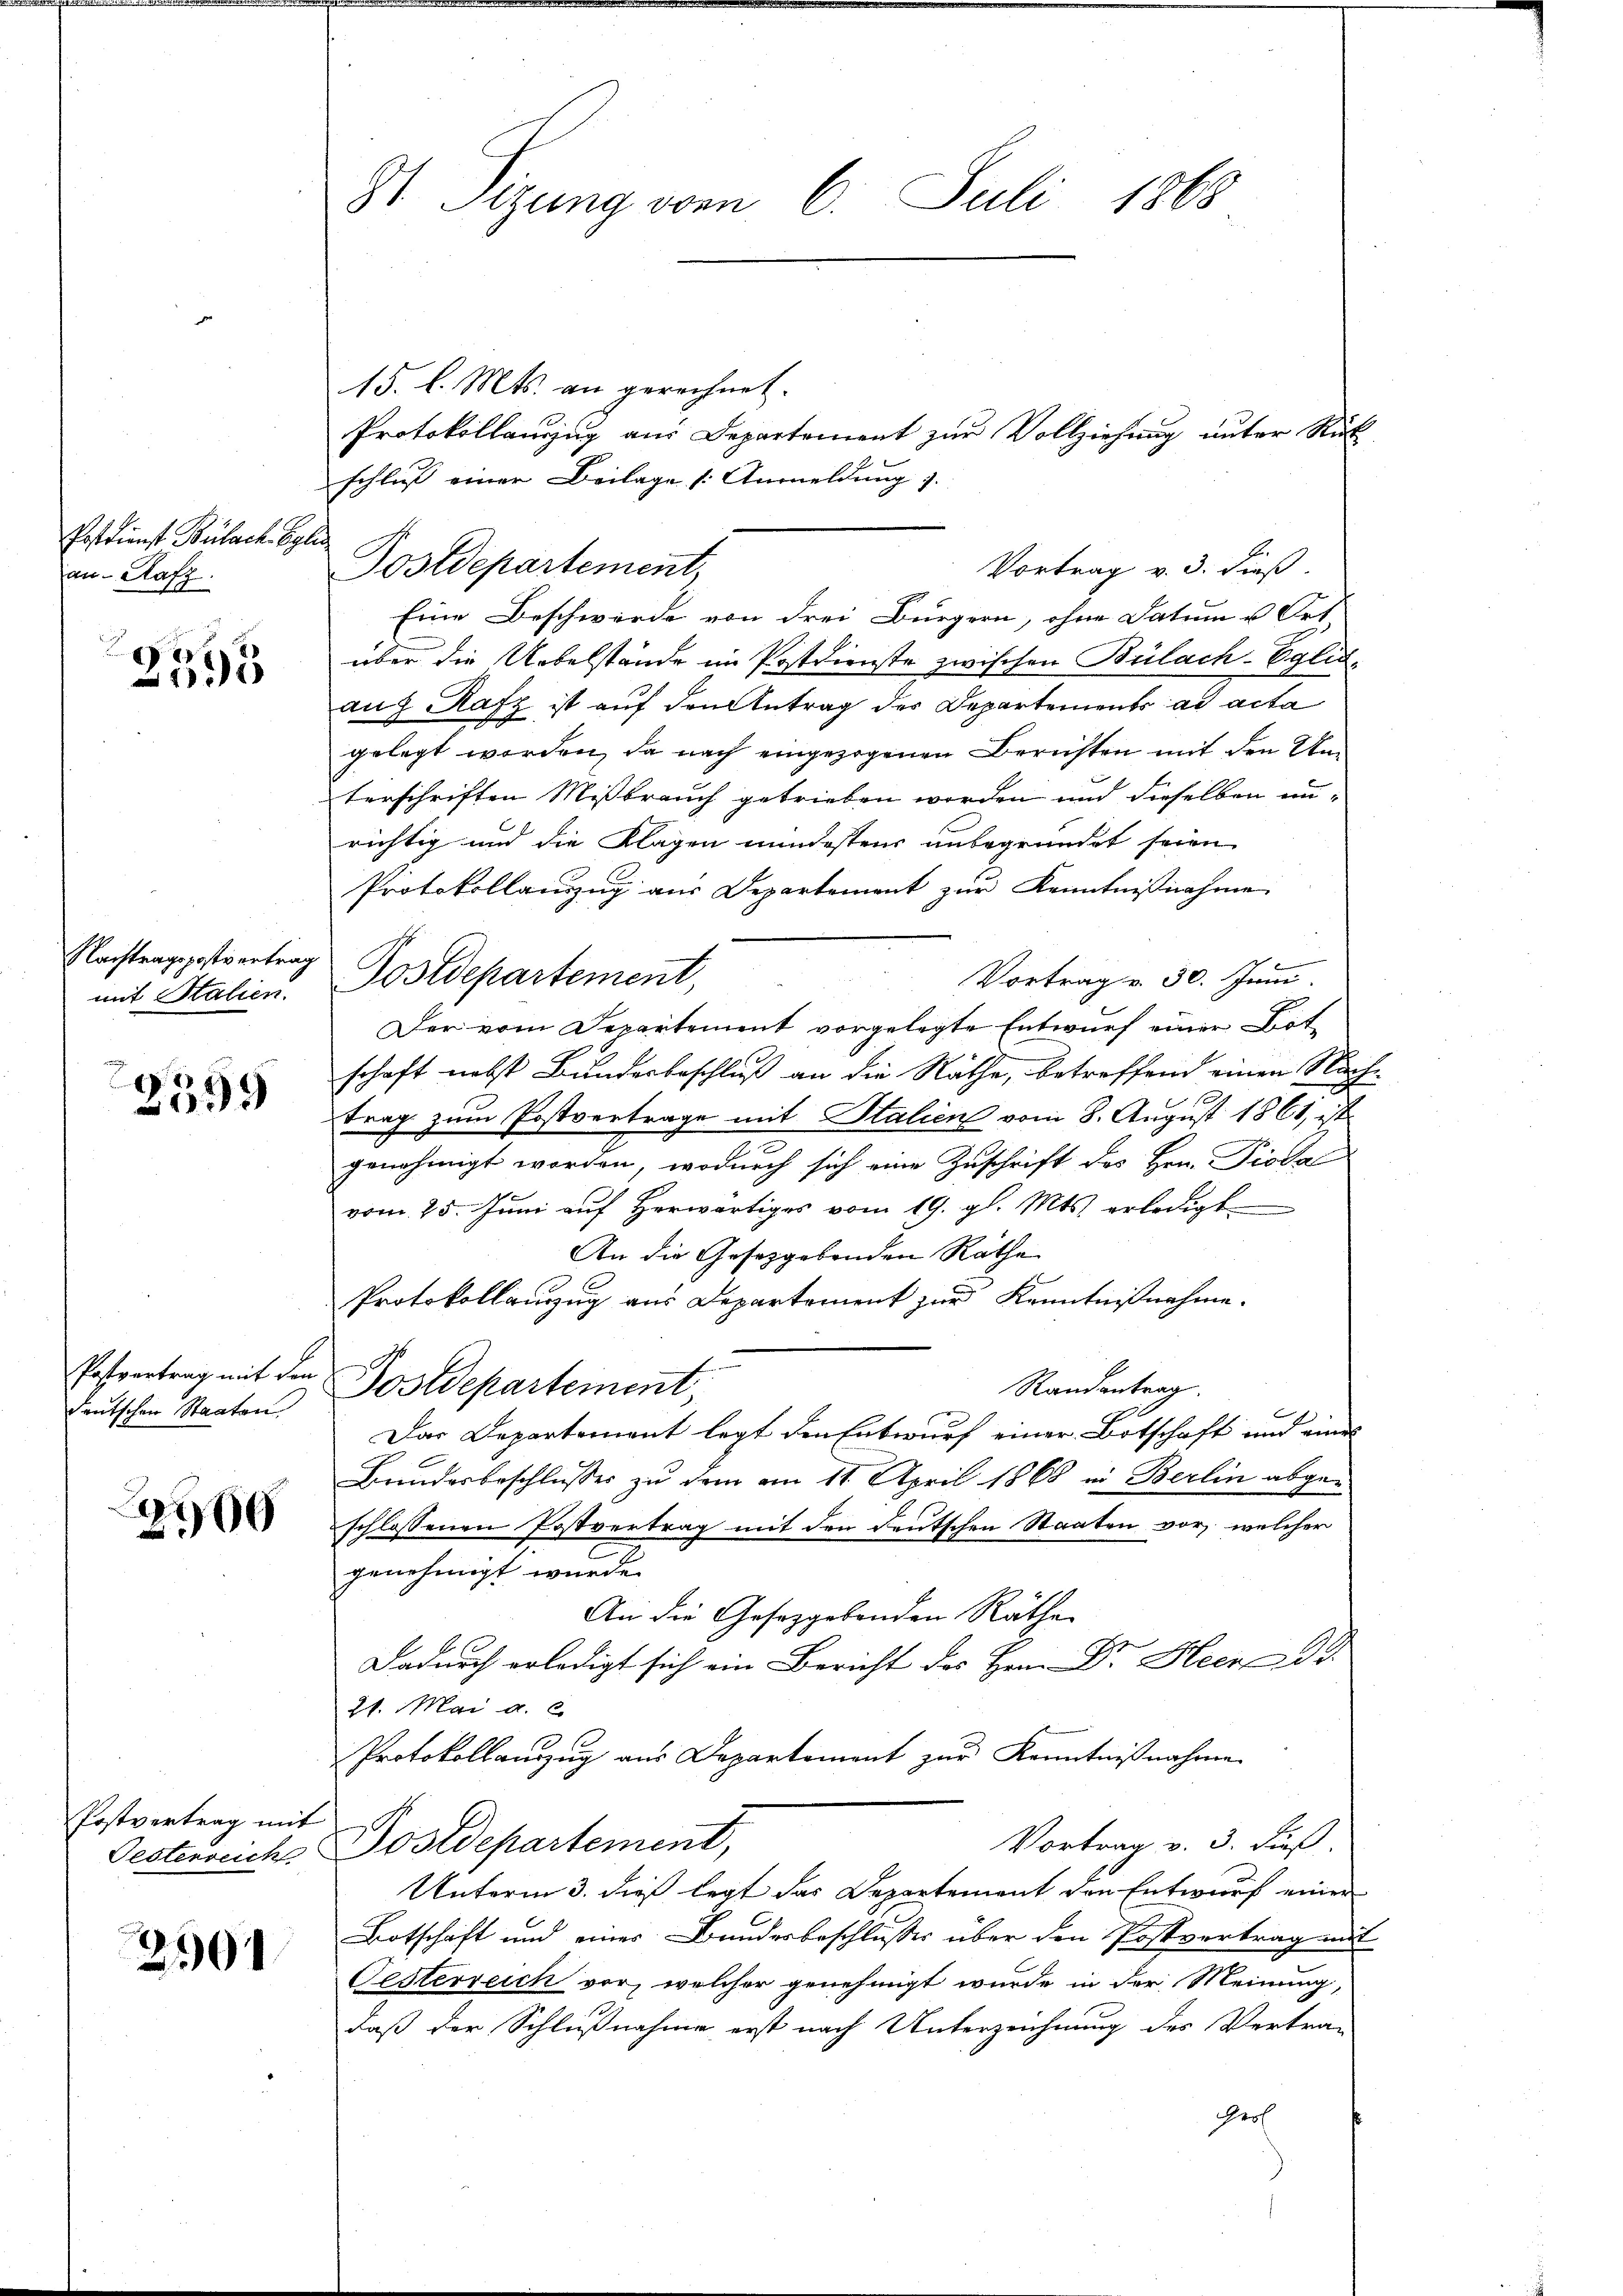
Postdienst Bülach Egl
an Rafz

x
5

Nachtragspostvertrag
mit Stalien.

93

Postvertrag mit den
deutschen Staaten

e
00

Postvertrag mit
Gesterreich

201

31. Stzung vom 6. Juli 1868

15. l. Mts. an gerechnet.
Protokollauszug aus Departement zur Vollziehung unter Rück
schließ einer Beilage [Anmeldung). |
Vortrag v. 3. dieß.
Eine Beschwerde von drei Bürgern, ohne Datum u Ort
über die Uebelstände im Postdienste zwischen Bülach-Eglid-
auf Rafz ist auf den Antrag der Departements ad acta
gelegt worden, da nach eingezogenen Berichten mit den Unterschriften Mißbrauch getrieben worden und dieselben unrichtig und die Klagen mindestens unbegründet seien
Protokollanzug aus Departement zur Kenntnißnahme
Postdepartement,
Vortrag v. 30. Juni
Der vom Departement vorgelegte Entwurf einer Lotschaft nebst Bundesbeschluß an die Räthe, betreffend einen Nach¬
6
trag zum Postvertrage mit Stalien vom 8. August 1861, ist
h
genehmigt worden, wodurch sich eine Zuschrift des Hrn. Dioda
vom 25. Juni auf herwärtiges vom 19. gl. Mts. erledigt
An die Gesetzgebenden Rathe
Protokollauszug aus Departement zur Kenntnißnahme.
Randantrag.
Postdepartement,
Das Departement legt den Entwurf einer Botschaft und eines
Bundesbeschlusses zu dem am 11. April 1868 in Berlin abgeschlossenen Postvertrag mit den deutschen Staaten vor, welcher
genehmigt wurde.
An die Gesetzgebenden Räthe
Dadurch erledigt sich ein Bericht des Hrn. Dr. Heer 33.
21. Mai a. c
Protokollauszug aus Departement zur Kenntnißnahme
Vortrag v. 3. Fuß.
Postdepartement,
Unterm 3. dieß legt das Departement den Entwurf einer
Botschaft und eines Bundesbeschlusses über den Postvertrag mit
Gesterreich vor, welcher genehmigt wurde in der Meinung,
daß der Schlußnahme erst nach Unterzeichnung des Vertrag
Gerl

Postdepartement,